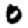
Digit: 0